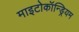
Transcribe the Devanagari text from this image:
माइटोकॉन्ड्रियम